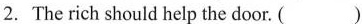
2. The rich should help the door. ( )